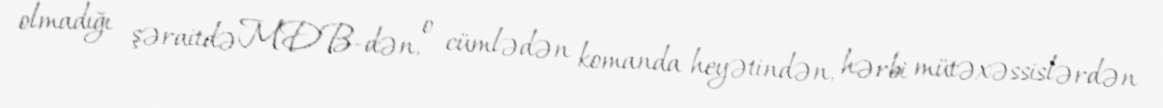
olmadığı şəraitdə MDB-dən, o cümlədən komanda heyətindən, hərbi mütəxəssislərdən